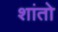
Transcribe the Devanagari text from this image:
शांतो